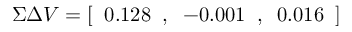
\Sigma \Delta V = [ \; \; 0 . 1 2 8 \; \; , \; \; - 0 . 0 0 1 \; \; , \; \; 0 . 0 1 6 \; \; ]